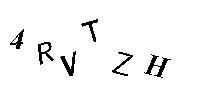
4RVTZH